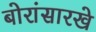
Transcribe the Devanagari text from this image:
बोरांसारखे